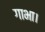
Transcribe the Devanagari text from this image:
गाभा।